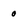
Character: o